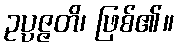
ဥပ္ပဇ္ဇတိ၊ ဖြစ်၏။